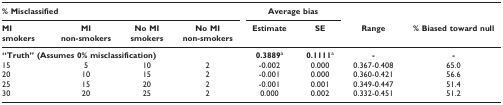
| <COLSPAN=4> % Misclassified | <COLSPAN=2> Average bias |  |  |
 | MIsmokers | MInon-smokers | No MIsmokers | No MInon-smokers | Estimate | SE | Range | % Biased toward null |
 | --- | --- | --- | --- | --- | --- | --- | --- |
 | <COLSPAN=4> "Truth" (Assumes 0% misclassification) | 0.3889a | 0.1111a | - | - |
 | 15 | 5 | 10 | 2 | -0.002 | 0.000 | 0.367-0.408 | 65.0 |
 | 20 | 10 | 15 | 2 | -0.001 | 0.000 | 0.360-0.421 | 56.6 |
 | 25 | 15 | 20 | 2 | -0.001 | 0.001 | 0.349-0.447 | 51.4 |
 | 30 | 20 | 25 | 2 | 0.000 | 0.002 | 0.332-0.451 | 51.2 |